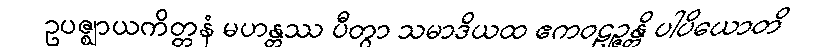
ဥပဇ္ဈာယကိတ္တနံ မဟန္တဿ ပီတွာ သမာဒိယထ ဧကဝဠဉ္ဇန္တိ ပါပိယောတိ